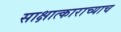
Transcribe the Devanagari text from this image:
साक्षात्काराच्याच